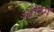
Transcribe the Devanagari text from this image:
ऑरिगे